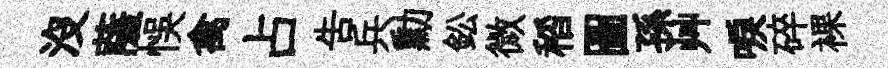
沒薩悞禽占告兵勳鈆微稻圖孫艸唳碎裸